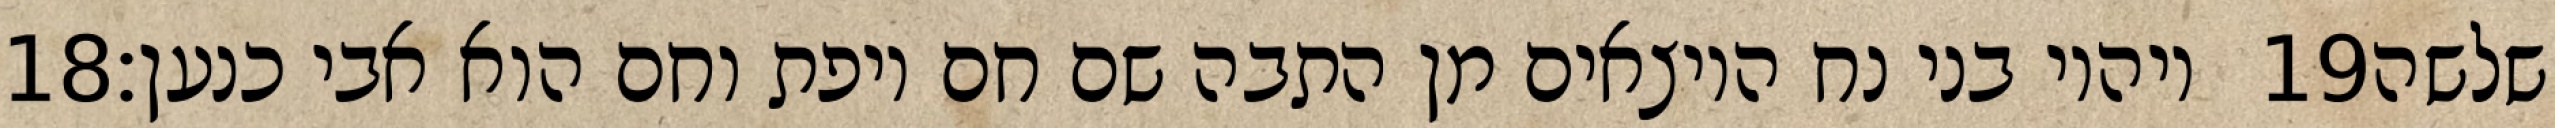
‎18‏ ויהיו בני נח היוצאים מן התבה שם חם ויפת וחם הוא אבי כנען׃ ‎19‏ שלשה